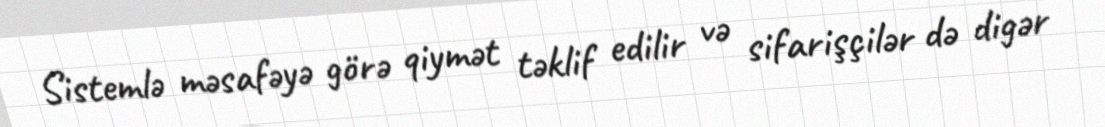
Sistemlə məsafəyə görə qiymət təklif edilir və sifarişçilər də digər